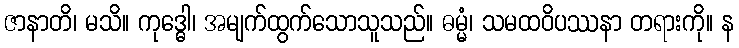
ဇာနာတိ၊ မသိ။ ကုဒ္ဓေါ၊ အမျက်ထွက်သောသူသည်။ ဓမ္မံ၊ သမထဝိပဿနာ တရားကို။ န